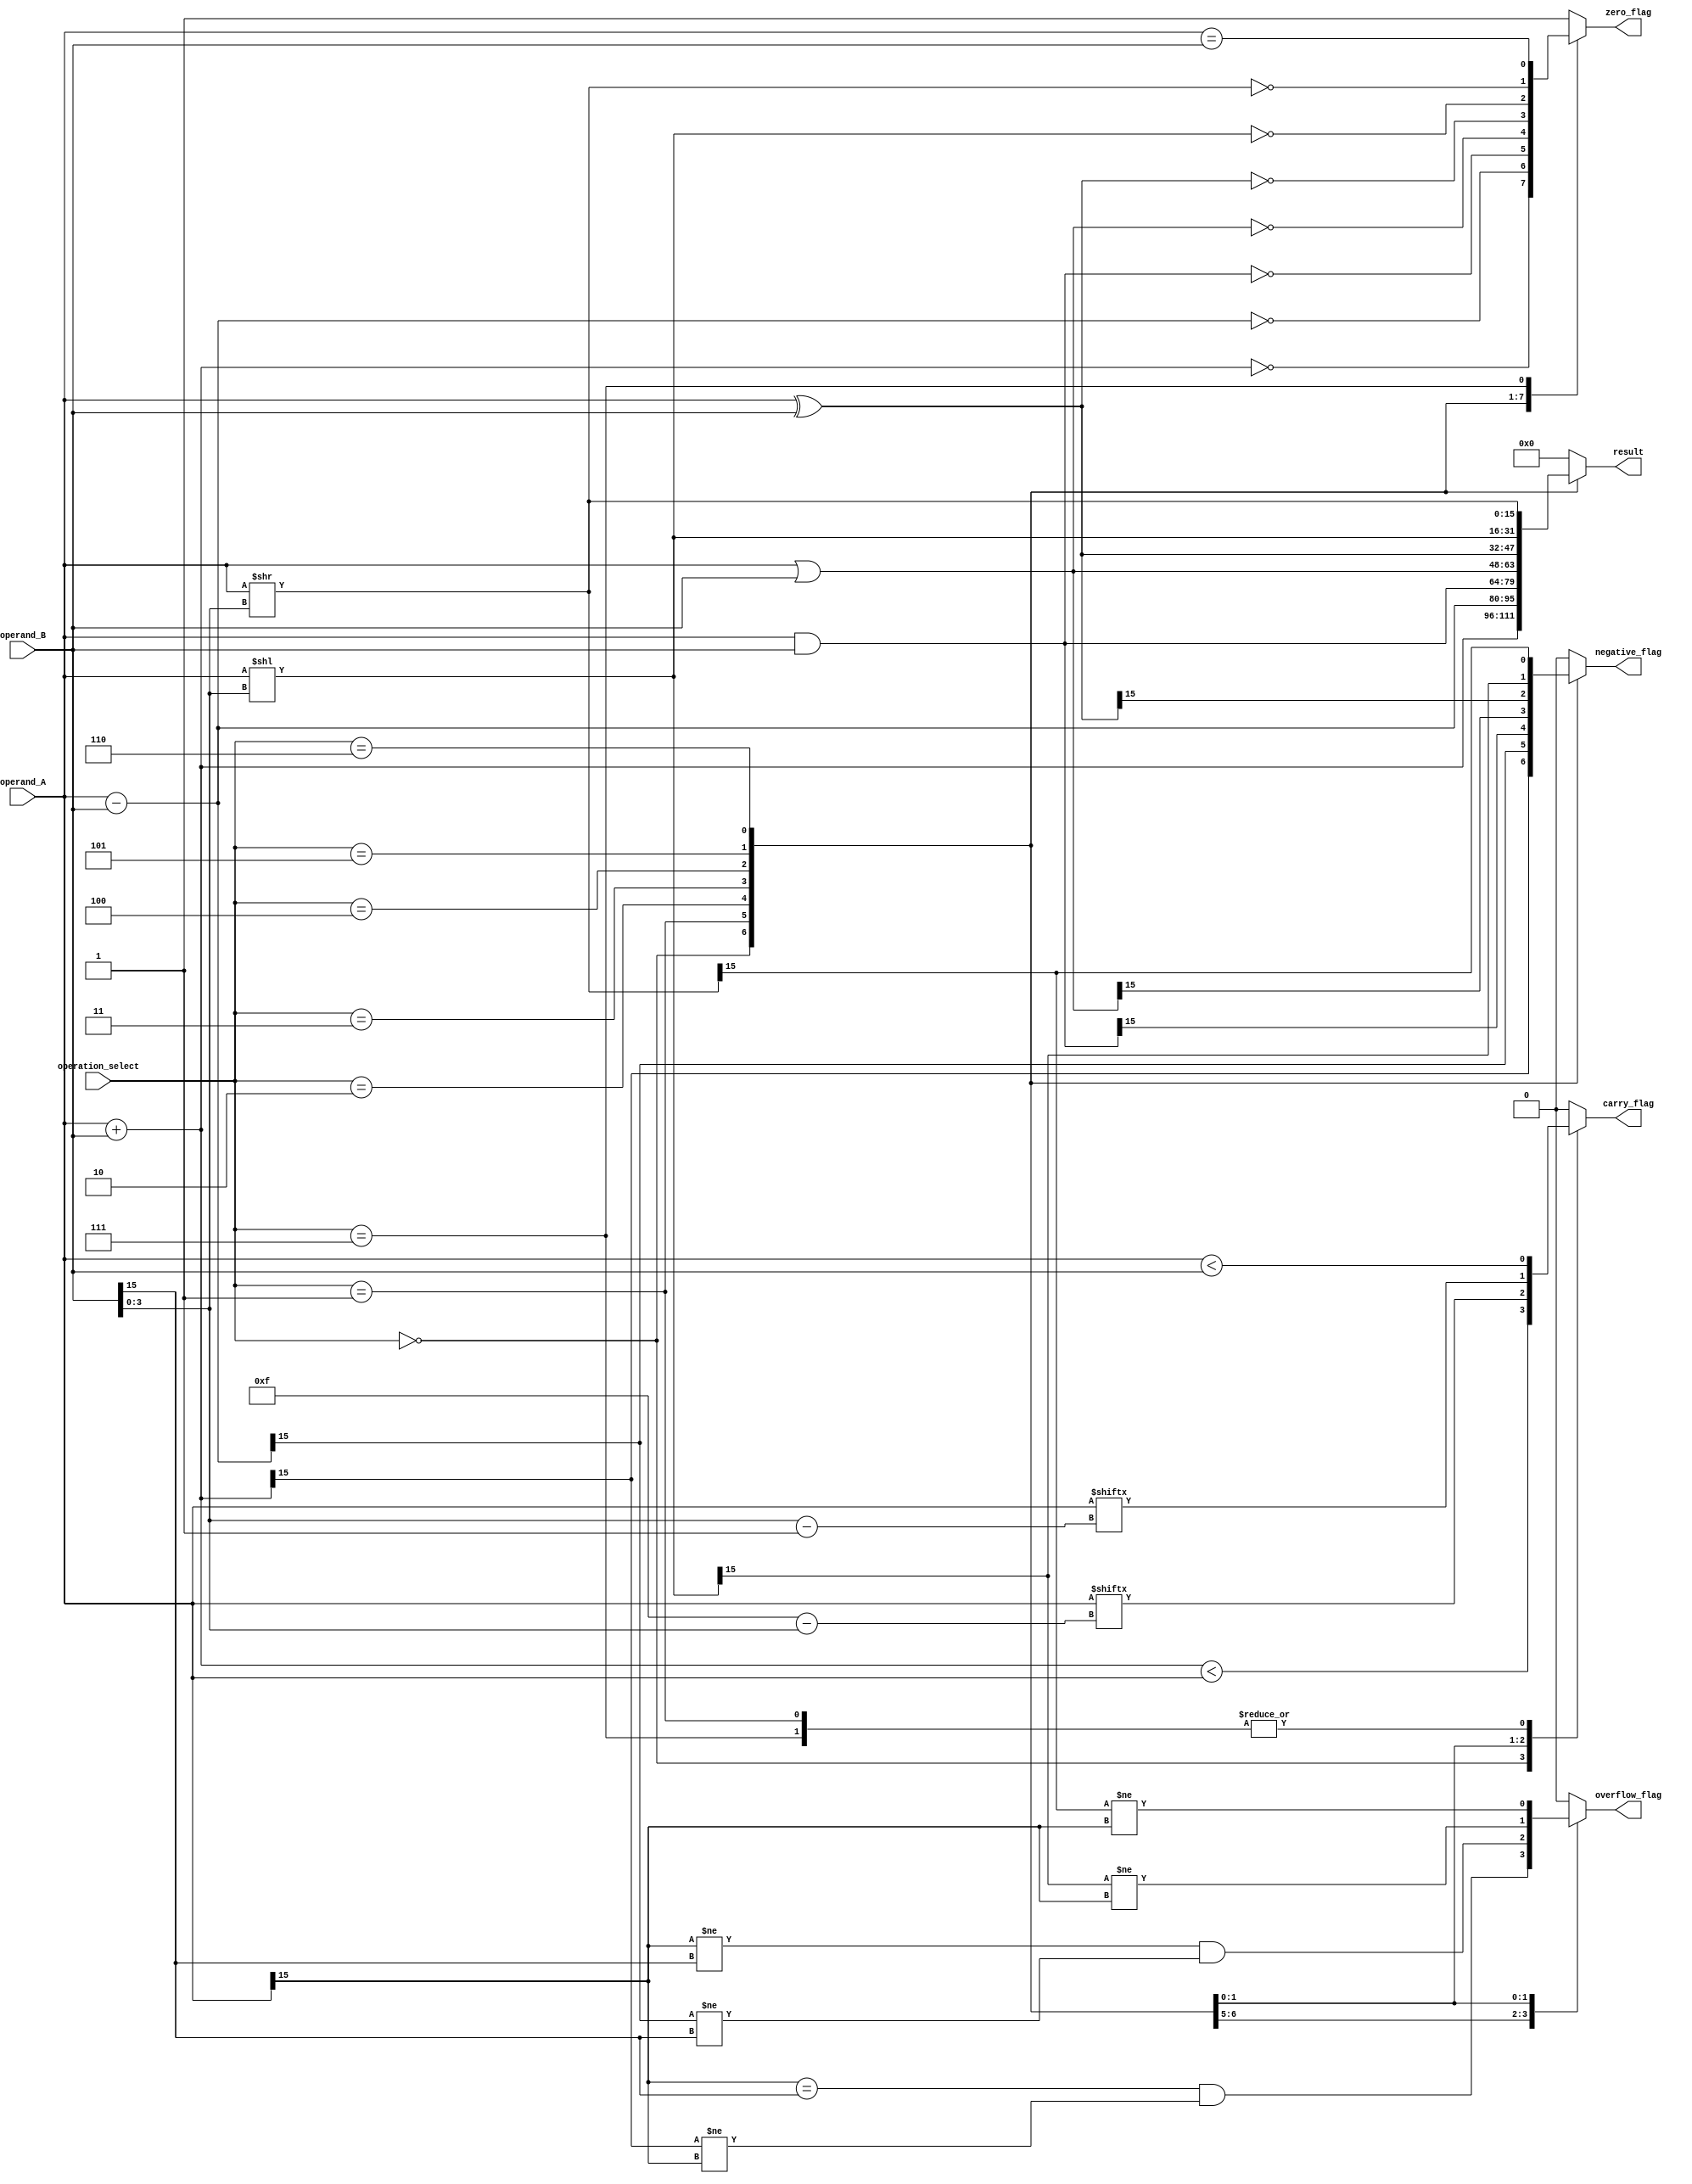
module ALU_16bit (
    input [15:0] operand_A,
    input [15:0] operand_B,
    input [3:0] operation_select,
    output reg [15:0] result,
    output reg zero_flag,
    output reg carry_flag,
    output reg overflow_flag,
    output reg negative_flag
);

always @(*)
begin
    case(operation_select)
        4'b0000:   // Addition
          begin
            result = operand_A + operand_B;
            zero_flag = (result == 16'h0000);
            carry_flag = (result < operand_A);
            overflow_flag = ((operand_A[15] == operand_B[15]) && (result[15] != operand_A[15]));
            negative_flag = result[15];
          end
        4'b0001:   // Subtraction
          begin
            result = operand_A - operand_B;
            zero_flag = (result == 16'h0000);
            carry_flag = (operand_A < operand_B);
            overflow_flag = ((operand_A[15] != operand_B[15]) && (result[15] != operand_B[15]));
            negative_flag = result[15];
          end
        4'b0010:   // AND
          begin
            result = operand_A & operand_B;
            zero_flag = (result == 16'h0000);
            carry_flag = 1'b0;
            overflow_flag = 1'b0;
            negative_flag = result[15];
          end
        4'b0011:   // OR
          begin
            result = operand_A | operand_B;
            zero_flag = (result == 16'h0000);
            carry_flag = 1'b0;
            overflow_flag = 1'b0;
            negative_flag = result[15];
          end
        4'b0100:   // XOR
          begin
            result = operand_A ^ operand_B;
            zero_flag = (result == 16'h0000);
            carry_flag = 1'b0;
            overflow_flag = 1'b0;
            negative_flag = result[15];
          end
        4'b0101:   // Shift left
          begin
            result = operand_A << operand_B[3:0];
            zero_flag = (result == 16'h0000);
            carry_flag = operand_A[15 - operand_B[3:0]];
            overflow_flag = result[15] != operand_A[15];
            negative_flag = result[15];
          end
        4'b0110:   // Shift right
          begin
            result = operand_A >> operand_B[3:0];
            zero_flag = (result == 16'h0000);
            carry_flag = operand_A[operand_B[3:0] - 1];
            overflow_flag = result[15] != operand_A[15];
            negative_flag = result[15];
          end
        4'b0111:   // Comparison
          begin
            result = 16'h0000;
            zero_flag = (operand_A == operand_B);
            carry_flag = (operand_A < operand_B);
            overflow_flag = 1'b0;
            negative_flag = 1'b0;
          end
        default:
          begin
            result = 16'h0000;
            zero_flag = 1'b1;
            carry_flag = 1'b0;
            overflow_flag = 1'b0;
            negative_flag = 1'b0;
          end
      endcase
end

endmodule